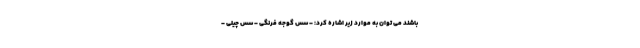
باشند می توان به موارد زیر اشاره کرد: - سس گوجه فرنگی - سس چیلی -